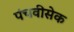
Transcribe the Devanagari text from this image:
पंचवीसेक